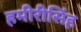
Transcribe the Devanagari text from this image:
हमीरीसिंह